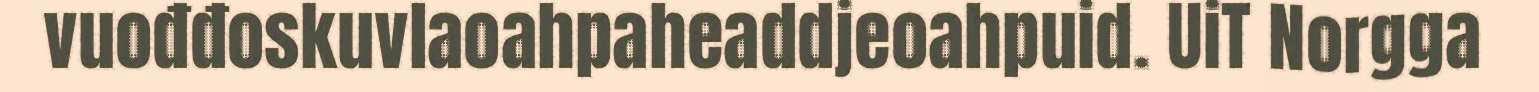
vuođđoskuvlaoahpaheaddjeoahpuid. UiT Norgga